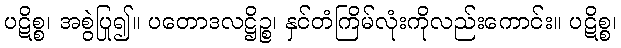
ပဋိစ္စ၊ အစွဲပြု၍။ ပတောဒလဋ္ဌိဉ္စ၊ နှင်တံကြိမ်လုံးကိုလည်းကောင်း။ ပဋိစ္စ၊